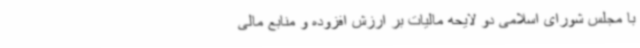
با مجلس شورای اسلامی دو لایحه مالیات بر ارزش افزوده و منابع مالی